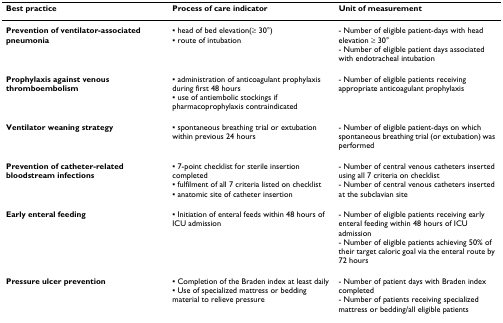
<table><thead><tr><td><b>Best practice</b></td><td><b>Process of care indicator</b></td><td><b>Unit of measurement</b></td></tr></thead><tbody><tr><td><b>Prevention of ventilator-associated pneumonia</b></td><td>▪ head of bed elevation(≥ 30°)▪ route of intubation</td><td>- Number of eligible patient-days with head elevation ≥ 30°- Number of eligible patient days associated with endotracheal intubation</td></tr><tr><td><b>Prophylaxis against venous thromboembolism</b></td><td>▪ administration of anticoagulant prophylaxis during first 48 hours▪ use of antiembolic stockings if pharmacoprophylaxis contraindicated</td><td>- Number of eligible patients receiving appropriate anticoagulant prophylaxis</td></tr><tr><td><b>Ventilator weaning strategy</b></td><td>▪ spontaneous breathing trial or extubation within previous 24 hours</td><td>- Number of eligible patient-days on which spontaneous breathing trial (or extubation) was performed</td></tr><tr><td><b>Prevention of catheter-related bloodstream infections</b></td><td>▪ 7-point checklist for sterile insertion completed▪ fulfilment of all 7 criteria listed on checklist▪ anatomic site of catheter insertion</td><td>- Number of central venous catheters inserted using all 7 criteria on checklist- Number of central venous catheters inserted at the subclavian site</td></tr><tr><td><b>Early enteral feeding</b></td><td>▪ Initiation of enteral feeds within 48 hours of ICU admission</td><td>- Number of eligible patients receiving early enteral feeding within 48 hours of ICU admission- Number of eligible patients achieving 50% of their target caloric goal via the enteral route by 72 hours</td></tr><tr><td><b>Pressure ulcer prevention</b></td><td>▪ Completion of the Braden index at least daily▪ Use of specialized mattress or bedding material to relieve pressure</td><td>- Number of patient days with Braden index completed- Number of patients receiving specialized mattress or bedding/all eligible patients</td></tr></tbody></table>